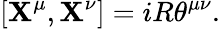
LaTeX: [\mathbf{X}^{\mu},\mathbf{X}^{\nu}]=iR{\theta}^{{\mu}{\nu}}.